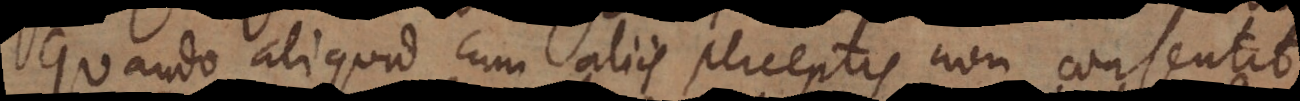
Quando aliquid cum aliis perceptis non consentit,